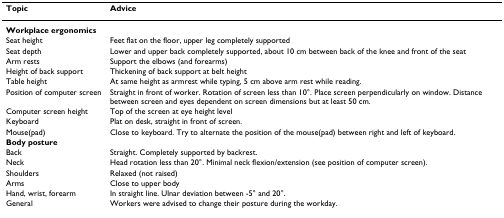
| Topic | Advice |
 | --- | --- |
 | Workplace ergonomics |  |
 | Seat height | Feet flat on the floor, upper leg completely supported |
 | Seat depth | Lower and upper back completely supported, about 10 cm between back of the knee and front of the seat |
 | Arm rests | Support the elbows (and forearms) |
 | Height of back support | Thickening of back support at belt height |
 | Table height | At same height as armrest while typing, 5 cm above arm rest while reading. |
 | Position of computer screen | Straight in front of worker. Rotation of screen less than 10°. Place screen perpendicularly on window. Distance between screen and eyes dependent on screen dimensions but at least 50 cm. |
 | Computer screen height | Top of the screen at eye height level |
 | Keyboard | Plat on desk, straight in front of screen. |
 | Mouse(pad) | Close to keyboard. Try to alternate the position of the mouse(pad) between right and left of keyboard. |
 | Body posture |  |
 | Back | Straight. Completely supported by backrest. |
 | Neck | Head rotation less than 20°. Minimal neck flexion/extension (see position of computer screen). |
 | Shoulders | Relaxed (not raised) |
 | Arms | Close to upper body |
 | Hand, wrist, forearm | In straight line. Ulnar deviation between -5° and 20°. |
 | General | Workers were advised to change their posture during the workday. |